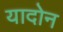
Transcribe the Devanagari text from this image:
यादोन